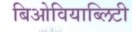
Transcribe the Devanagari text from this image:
बिओवियाब्लिटी